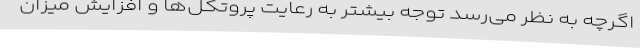
اگرچه به نظر می‌رسد توجه بیشتر به رعایت پروتکل‌ها و افزایش میزان